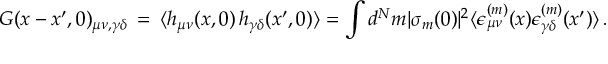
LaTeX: { \cal G } ( x - x ^ { \prime } , 0 ) _ { \mu \nu , \gamma \delta } \, = \, \langle h _ { \mu \nu } ( x , 0 ) \, h _ { \gamma \delta } ( x ^ { \prime } , 0 ) \rangle = \int d ^ { N } m | \sigma _ { m } ( 0 ) | ^ { 2 } \langle \epsilon _ { \mu \nu } ^ { ( m ) } ( x ) \epsilon _ { \gamma \delta } ^ { ( m ) } ( x ^ { \prime } ) \rangle \, .